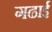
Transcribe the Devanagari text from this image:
गढाई